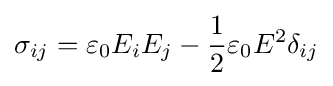
\sigma _{ij}=\varepsilon _{0}E_{i}E_{j}-{\frac {1}{2}}\varepsilon _{0}E^{2}\delta _{ij}